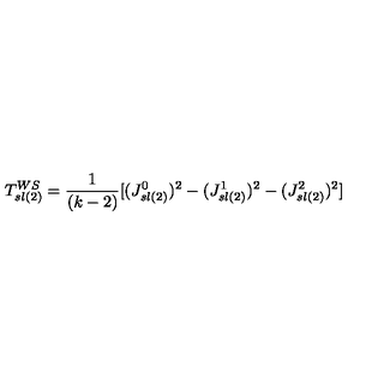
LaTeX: T _ { s l ( 2 ) } ^ { W S } = { \frac { 1 } { ( k - 2 ) } } [ ( J _ { s l ( 2 ) } ^ { 0 } ) ^ { 2 } - ( J _ { s l ( 2 ) } ^ { 1 } ) ^ { 2 } - ( J _ { s l ( 2 ) } ^ { 2 } ) ^ { 2 } ]